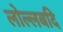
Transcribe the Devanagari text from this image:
लोल्लबदि